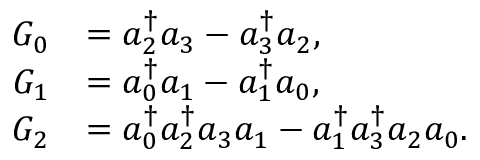
\begin{array} { r l } { G _ { 0 } } & { = a _ { 2 } ^ { \dagger } a _ { 3 } - a _ { 3 } ^ { \dagger } a _ { 2 } , } \\ { G _ { 1 } } & { = a _ { 0 } ^ { \dagger } a _ { 1 } - a _ { 1 } ^ { \dagger } a _ { 0 } , } \\ { G _ { 2 } } & { = a _ { 0 } ^ { \dagger } a _ { 2 } ^ { \dagger } a _ { 3 } a _ { 1 } - a _ { 1 } ^ { \dagger } a _ { 3 } ^ { \dagger } a _ { 2 } a _ { 0 } . } \end{array}